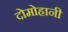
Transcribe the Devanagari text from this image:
दोमोहानी